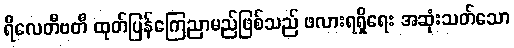
ရီလေတီဗတီ ထုတ်ပြန်ကြေညာမည်ဖြစ်သည် ဖလားရရှိရေး အဆုံးသတ်သော